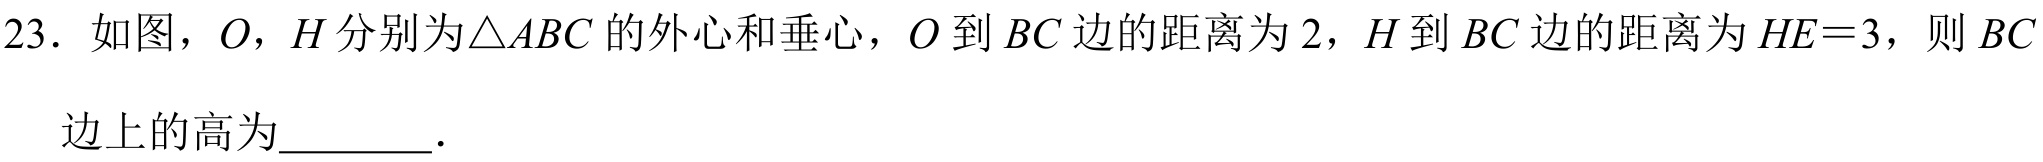
23. 如图，$O$，$H$分别为$\triangle ABC$的外心和垂心，$O$到$BC$边的距离为$2$，$H$到$BC$边的距离为$HE = 3$，则$BC$边上的高为  ．